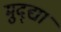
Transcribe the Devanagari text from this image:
मुद्द्या